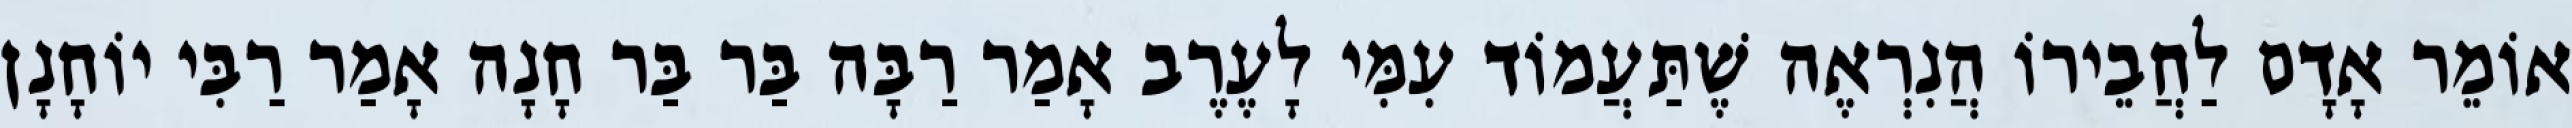
אוֹמֵר אָדָם לַחֲבֵירוֹ הֲנִרְאֶה שֶׁתַּעֲמוֹד עִמִּי לָעֶרֶב אָמַר רַבָּה בַּר בַּר חָנָה אָמַר רַבִּי יוֹחָנָן